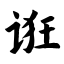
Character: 诳